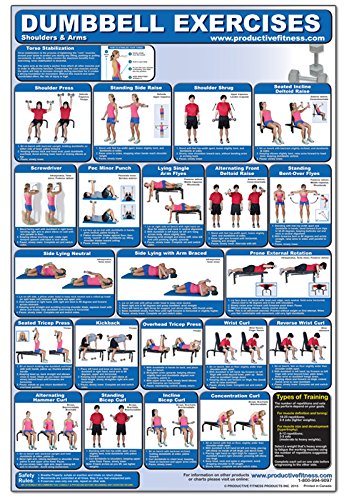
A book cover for Dumbbell Exercises-Shoulders & Arms Laminated (Poster); Andre Noel Potvin; Sports & Outdoors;